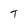
Character: T